Source: Handwritten
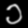
Digit: ၁ (1)